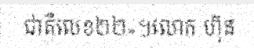
ជាតិលេខ២២»។លោក ហ៊ុន